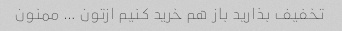
تخفیف بذارید باز هم خرید کنیم ازتون … ممنون